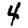
Digit: 4